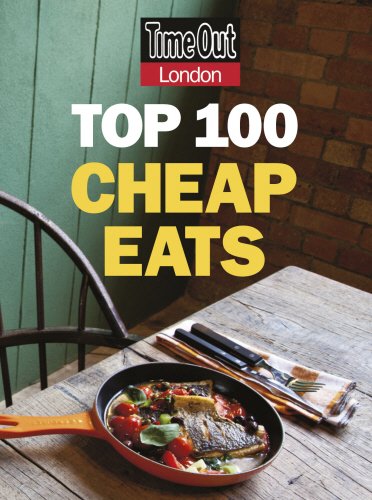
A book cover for Time Out London Top 100 Cheap Eats (Time Out Cheap Eats London); Travel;